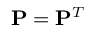
\mathbf { P } = \mathbf { P } ^ { T }